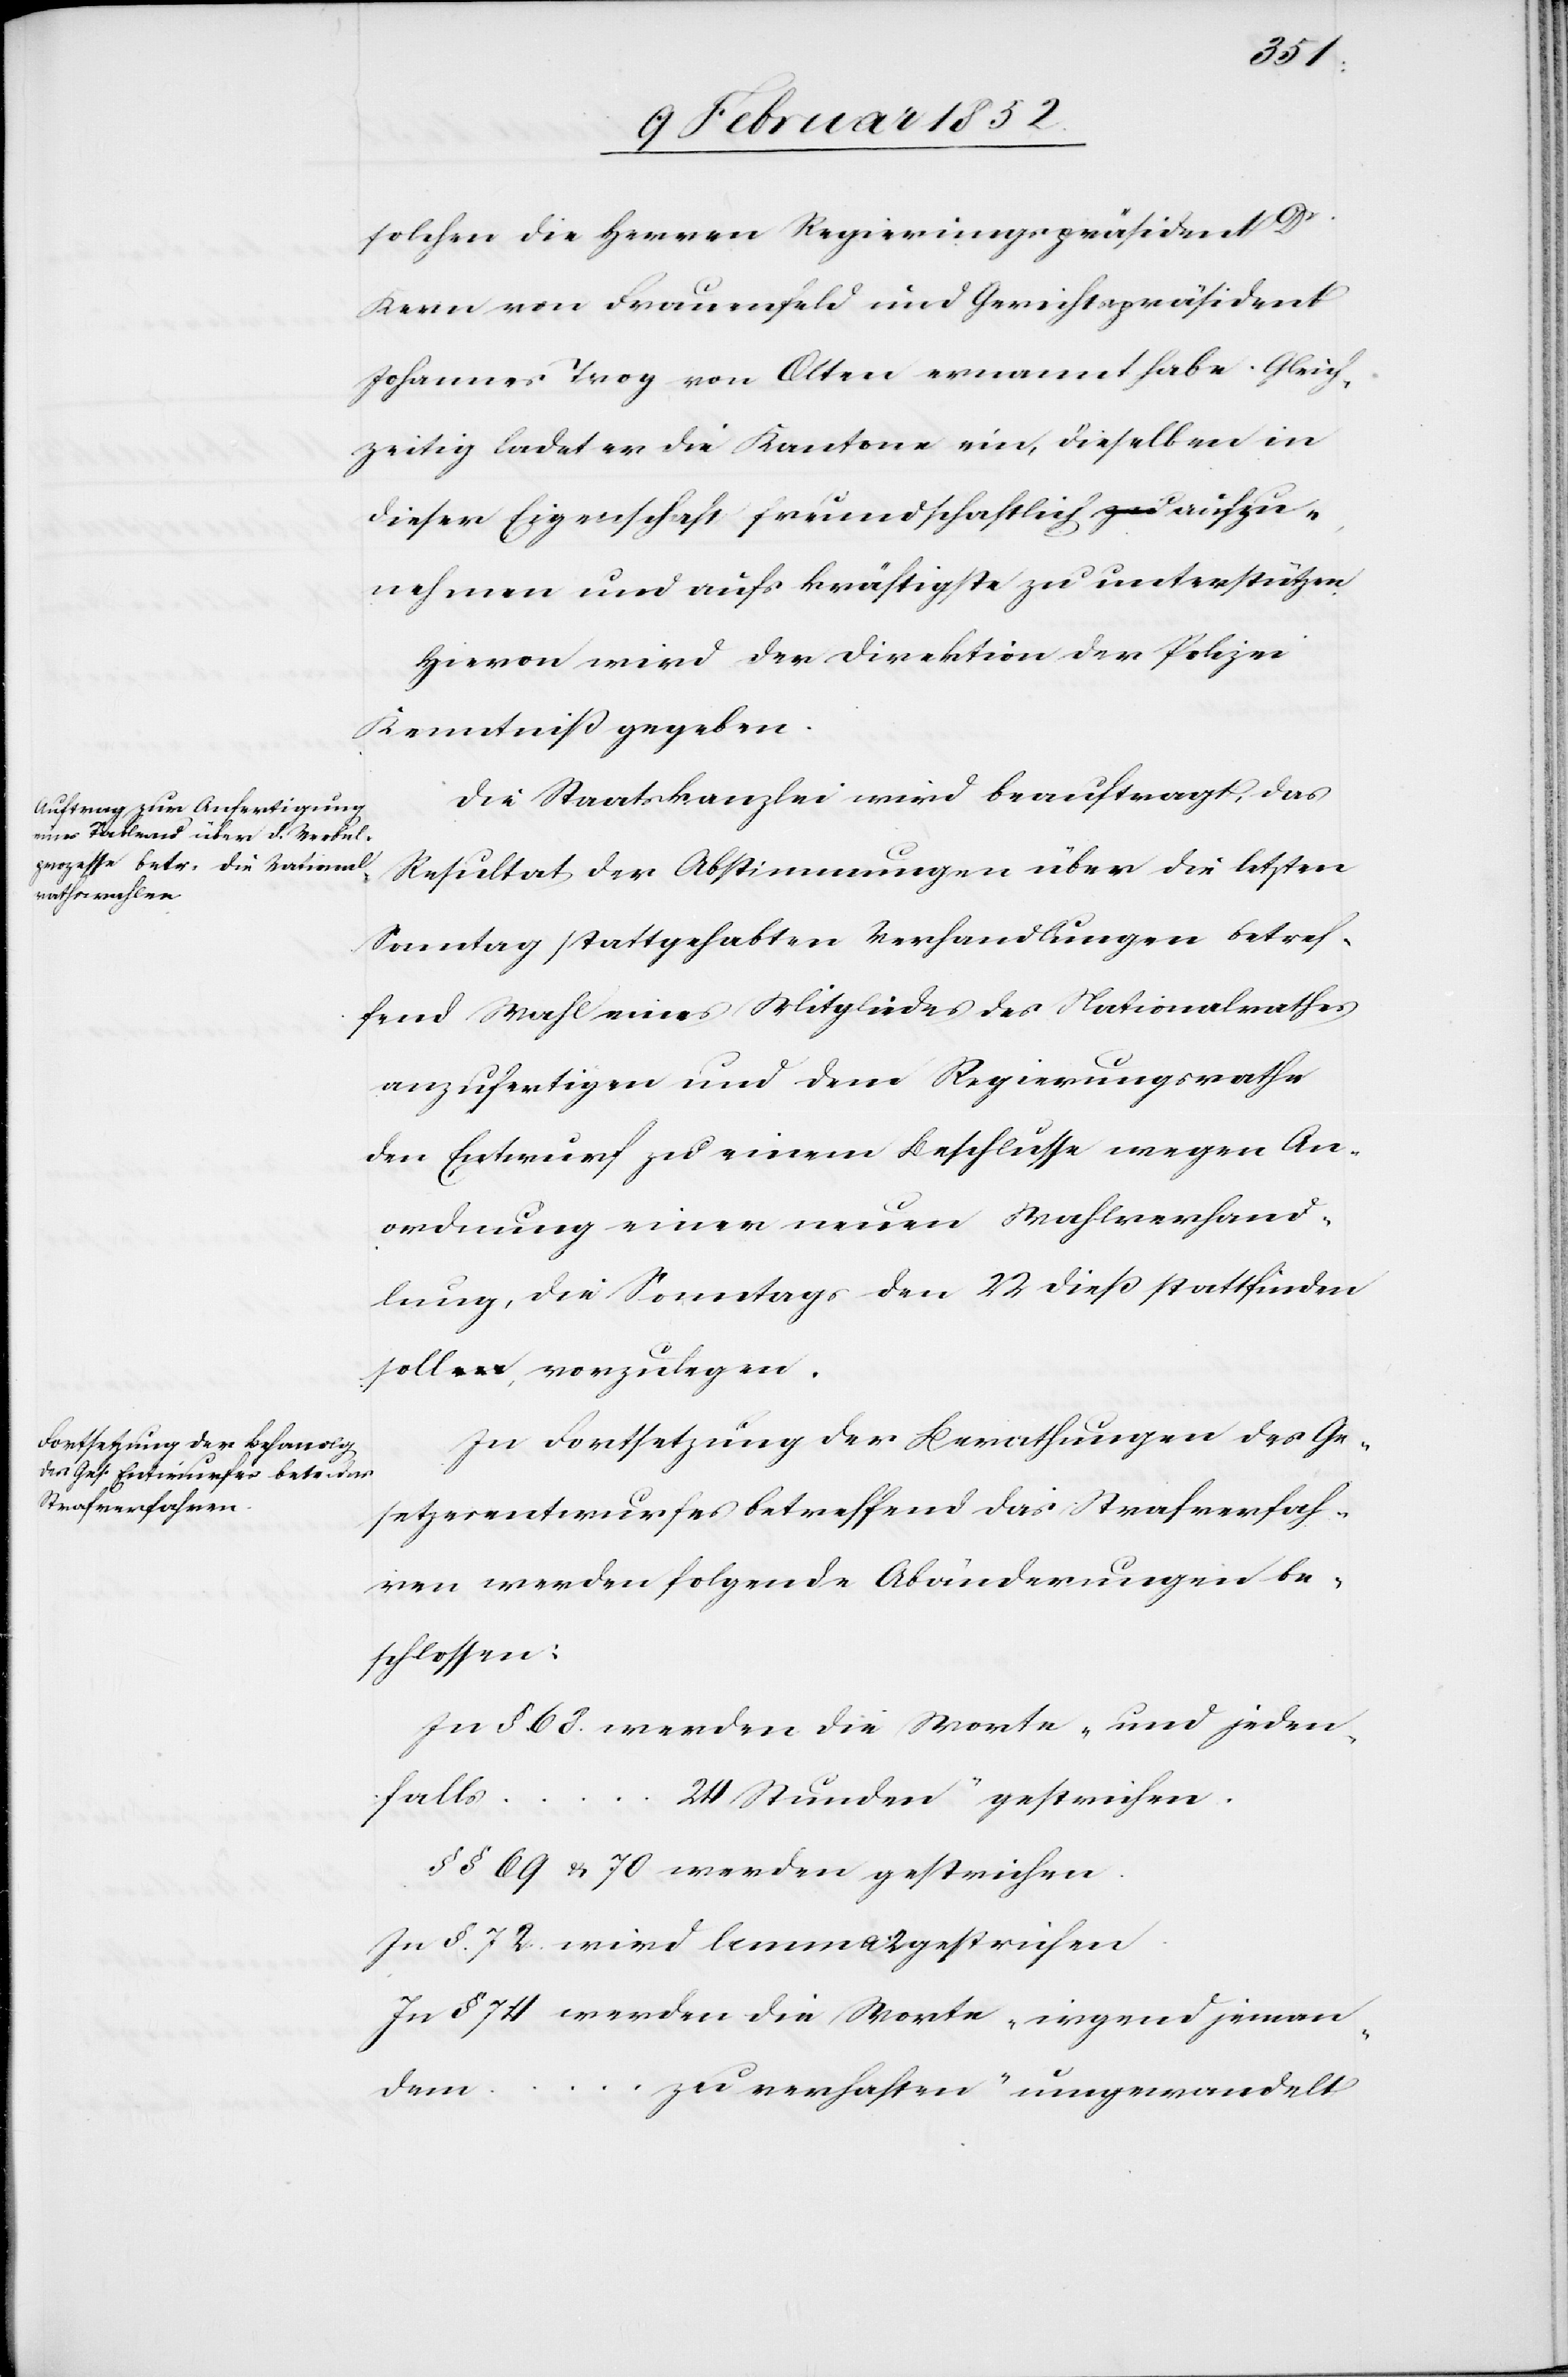
solchen die Herren Regierungspräsident D¬
Kern von Frauenfeld und Gerichtspräsident
Johannes Trog von Olten ernannt habe. Gleich¬
zeitig ladet er die Kantone ein, dieselben in
dieser Eigenschaft freundschaftlich aufzu¬
nehmen und aufs kräftigste zu unterstützten.
Hievon wird der Direktion der Polizei
Kenntniß gegeben.
Die Staatskanzlei wird beauftragt, das
Resultat der Abstimmungen über die letzten
Sonntag stattgehabten Verhandlungen betref¬
fend Wahl eines Mitgliedes des Nationalrathes
anzufertigen und dem Regierungsrathe
den Entwurf zu einem Beschlusse wegen An¬
ordnung einer neuen Wahlverhand¬
lung, die Sonntags den 22 dieß stattfinden
soll, vorzulegen.
In Fortsetzung der Berathungen des Ge¬
setzesentwurfes betreffend das Strafverfah¬
ren, werden folgende Abänderungen be¬
schlossen:
In § 68. werden die Worte „und jeden¬
falls
24 Stunden“ gestrichen.
r.
§§ 69 u. 70 werden gestrichen.
In §. 72. wird lemma 2 gestrichen.
In § 74 werden die Worte „irgend jeman¬
dem
zu verhaften“ umgewandelt